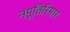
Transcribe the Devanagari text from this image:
नंपूतिरिमार